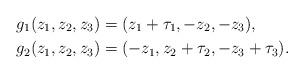
LaTeX: \begin{align*}&g_1(z_1, z_2, z_3)=(z_1+\tau_1, -z_2, -z_3), \\ &g_2(z_1, z_2, z_3)=(-z_1, z_2+\tau_2, -z_3+\tau_3). \end{align*}